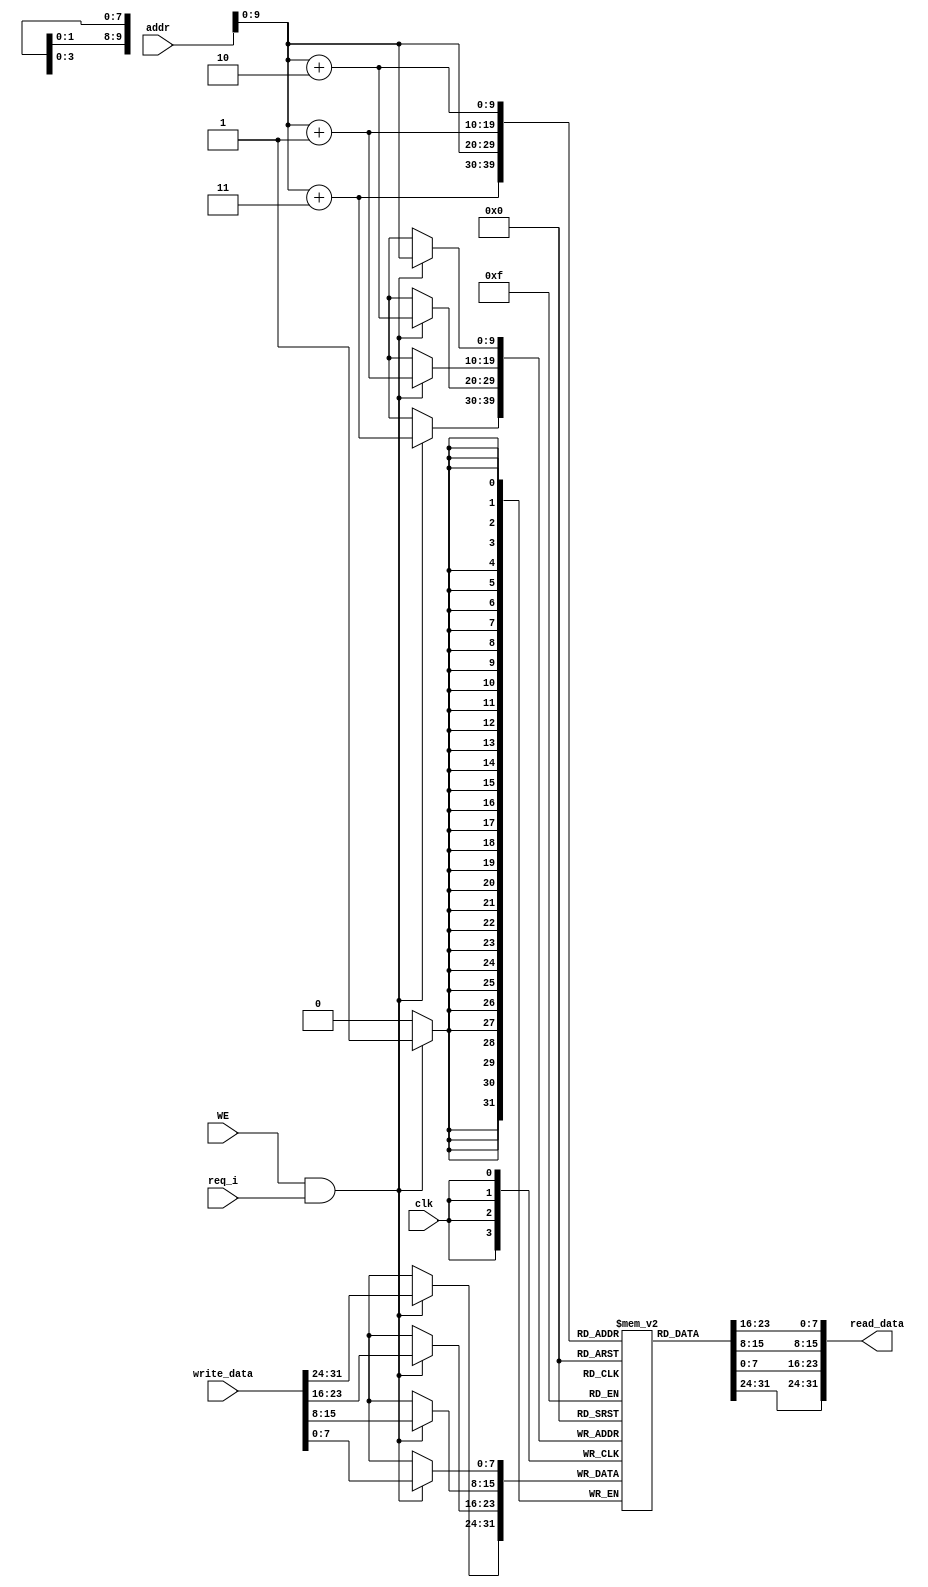
`timescale 1ns / 1ps

module data_mem(  
  input clk,
  input WE,
  input [31:0] addr,
  input [31:0] write_data,
  input req_i,
  output[31:0] read_data

);
    reg [7:0] RAM [0:1023];
    
    assign read_data = {RAM[addr+2'b11], RAM[addr+2'b10], RAM[addr+2'b01], RAM[addr]};
    
    always @ (posedge clk) begin
        if (WE & req_i) begin
            {RAM[addr+2'b11], RAM[addr+2'b10], RAM[addr+2'b01], RAM[addr]} = write_data;
        end
    end
endmodule